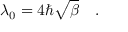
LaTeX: \lambda _ { 0 } = 4 \hbar \sqrt { \beta } \quad .